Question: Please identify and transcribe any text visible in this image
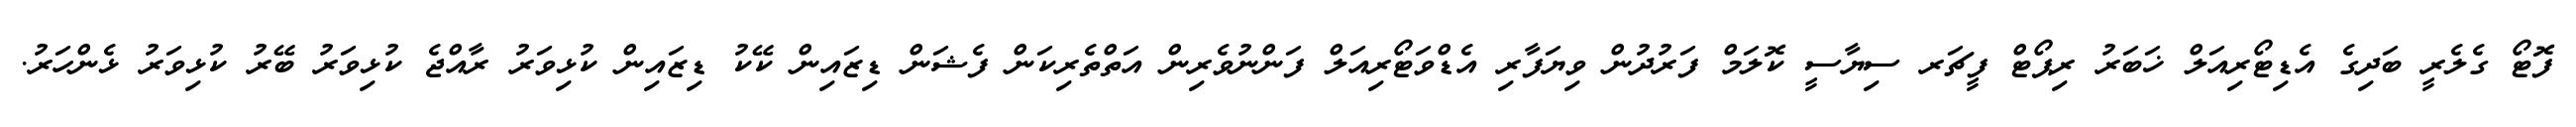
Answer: ފޮޓޯ ގެލެރީ ބަދިގެ އެޑިޓޯރިއަލް ޚަބަރު ރިޕޯޓް ފީޗަރ ސިޔާސީ ކޮލަމް ފަރުދުން ވިޔަފާރި އެޑްވަޓޯރިއަލް ފަންނުވެރިން އަތްތެރިކަން ފެޝަން ޑިޒައިން ކޭކު ޑިޒައިން ކުޅިވަރު ރާއްޖެ ކުޅިވަރު ބޭރު ކުޅިވަރު ޅެންހަރު.